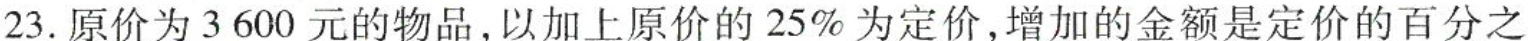
23.原价为3600元的物品，以加上原价的25%为定价，增加的金额是定价的百分之